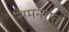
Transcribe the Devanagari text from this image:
समन्तात